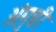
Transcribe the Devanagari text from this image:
अंगुत्री